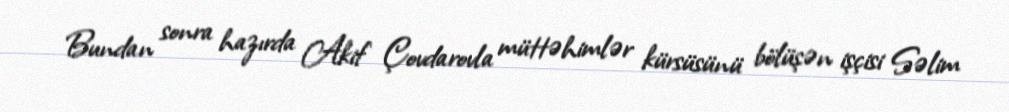
Bundan sonra hazırda Akif Çovdarovla müttəhimlər kürsüsünü bölüşən işçisi Səlim